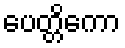
ပေတ္တိကော